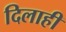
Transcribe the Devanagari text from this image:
दिलाही